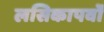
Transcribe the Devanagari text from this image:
लसिकापर्वों